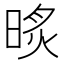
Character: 𣇧